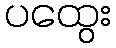
ပထွေး